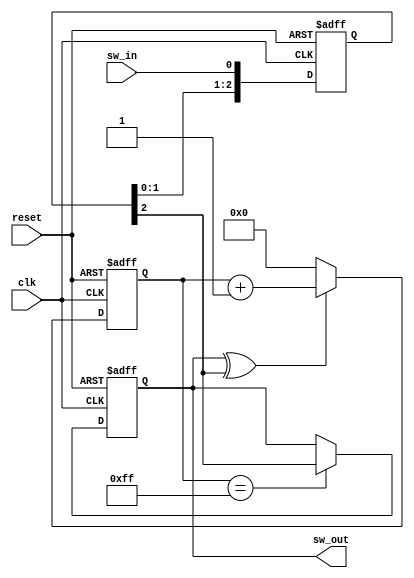
module sync_and_debounce_one
# (
    parameter depth = 8
)
(   
    input      clk,
    input      reset,
    input      sw_in,
    output reg sw_out
);

    reg  [depth - 1:0] cnt;
    reg  [        2:0] sync;
    wire               sw_in_s;

    assign sw_in_s = sync [2];

    always @ (posedge clk or posedge reset)
        if (reset)
            sync <= 3'b0;
        else
            sync <= { sync [1:0], sw_in };

    always @ (posedge clk or posedge reset)
        if (reset)
            cnt <= { depth { 1'b0 } };
        else if (sw_out ^ sw_in_s)
            cnt <= cnt + 1'b1;
        else
            cnt <= { depth { 1'b0 } };

    always @ (posedge clk or posedge reset)
        if (reset)
            sw_out <= 1'b0;
        else if (cnt == { depth { 1'b1 } })
            sw_out <= sw_in_s;

endmodule